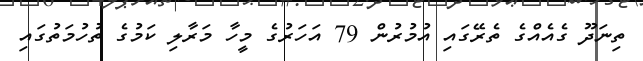
ތިނަދޫ ގެއެއްގެ ތެރޭގައި އުމުރުން 79 އަހަރުގެ މީހާ މަރާލި ކަމުގެ ތުހުމަތުގައި